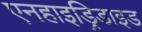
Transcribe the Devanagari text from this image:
एनहाइड्रिडाइड